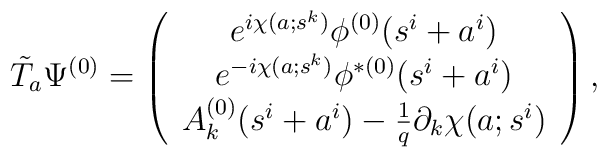
\tilde{T}_{a}\Psi^{(0)} = \left(\begin{array}{c}    e^{i \chi(a; s^k)} \phi^{(0)}(s^i + a^i)  \\   e^{-i \chi(a; s^k)}   \phi^{\ast (0)}(s^i + a^i)  \\ A^{(0)}_{k}(s^i + a^i) - \frac{1}{q} \partial_k \chi(a;s^i) \end{array} \right),